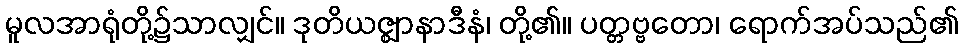
မူလအာရုံတို့၌သာလျှင်။ ဒုတိယဇ္ဈာနာဒီနံ၊ တို့၏။ ပတ္တဗ္ဗတော၊ ရောက်အပ်သည်၏